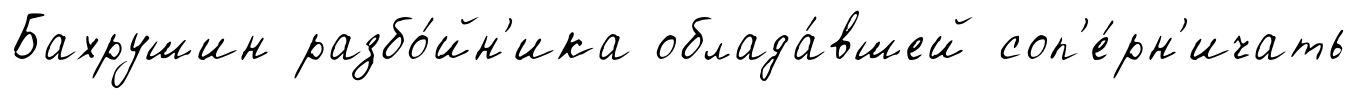
Бахрушин разбо́йн'ика облада́вшей соп'е́рн'ичать